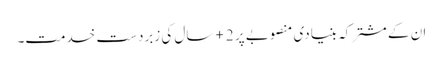
ان کے مشترکہ بنیادی منصوبے پر 2+ سال کی زبردست خدمت۔